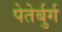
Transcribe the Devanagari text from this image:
पेतेर्बुर्ग